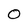
Character: O